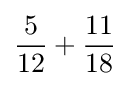
{\frac {5}{12}}+{\frac {11}{18}}